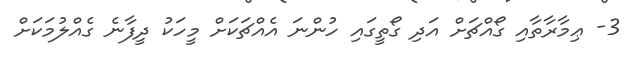
3- ޢިމާރާތާއި ގޯއްޗަށް އަދި ގޯތީގައި ހުންނަ އެއްޗަކަށް މީހަކު ދީފާނެ ގެއްލުމަކަށް